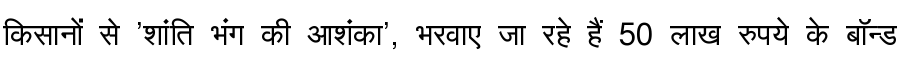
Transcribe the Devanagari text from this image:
किसानों से 'शांति भंग की आशंका', भरवाए जा रहे हैं 50 लाख रुपये के बॉन्ड